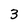
Character: 3